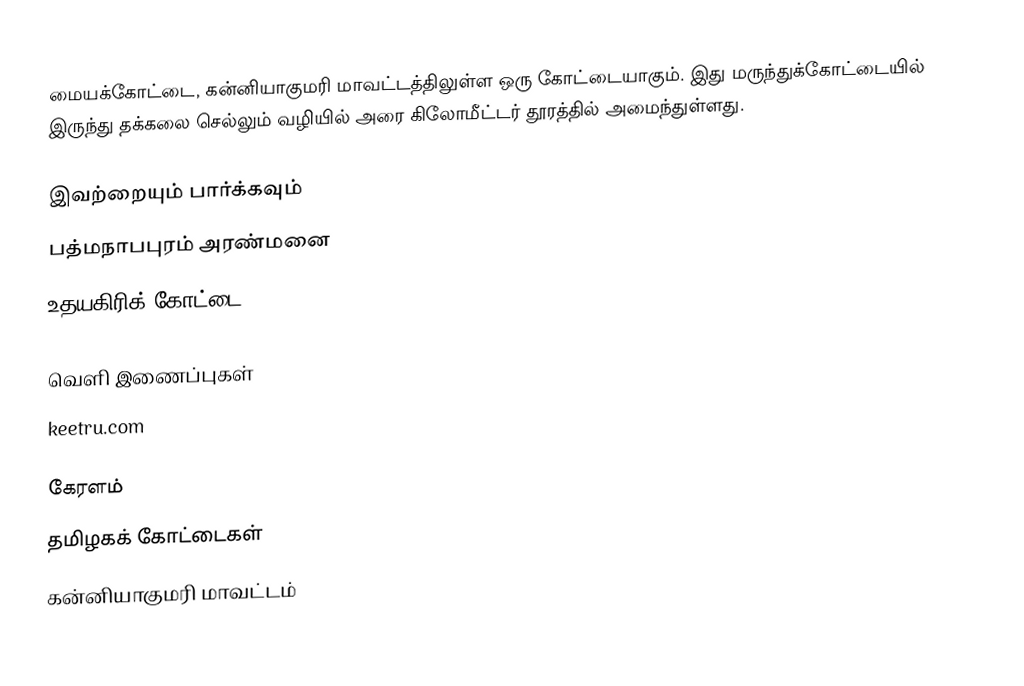
மையக்கோட்டை, கன்னியாகுமரி மாவட்டத்திலுள்ள ஒரு கோட்டையாகும். இது மருந்துக்கோட்டையில் இருந்து தக்கலை செல்லும் வழியில் அரை கிலோமீட்டர் தூரத்தில் அமைந்துள்ளது.

இவற்றையும் பார்க்கவும்
பத்மநாபபுரம் அரண்மனை
உதயகிரிக் கோட்டை

வெளி இணைப்புகள்
keetru.com

கேரளம்
தமிழகக் கோட்டைகள்
கன்னியாகுமரி மாவட்டம்